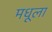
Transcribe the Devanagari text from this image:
मधूला